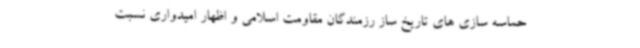
حماسه سازی های تاریخ ساز رزمندگان مقاومت اسلامی و اظهار امیدواری نسبت